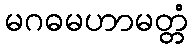
မဂဓမဟာမတ္တံ